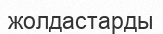
жолдастарды